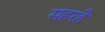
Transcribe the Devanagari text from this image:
सहरहै